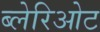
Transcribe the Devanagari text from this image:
ब्लेरिओट